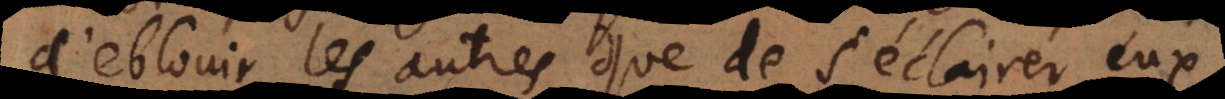
d’eblouir les autres que de s’éclairer eux